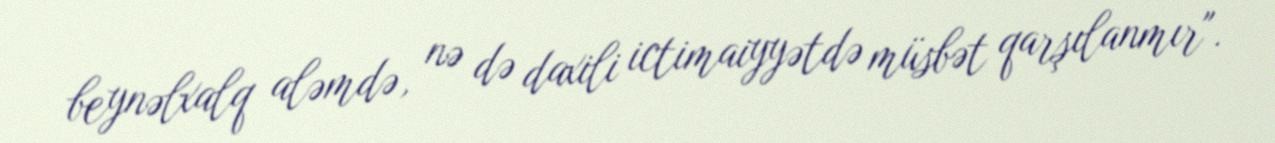
beynəlxalq aləmdə, nə də daxili ictimaiyyətdə müsbət qarşılanmır".